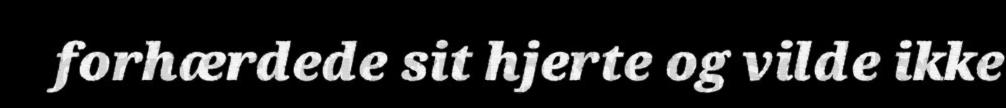
forhærdede sit hjerte og vilde ikke